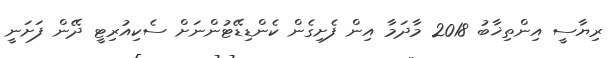
ރިޔާސީ އިންތިޚާބު 2018 މާދަމާ އިން ފެށިގެން ކެންޑިޑޭޓުންނަށް ސެކިއުރިޓީ ދޭން ފަށަނީ